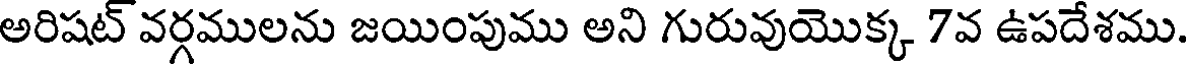
అరిషట్ వర్గములను జయింపుము అని గురువుయొక్క 7వ ఉపదేశము.